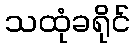
သထုံခရိုင်